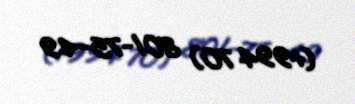
(+994 70) 801-75-49